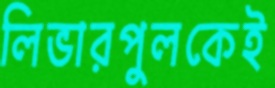
লিভারপুলকেই